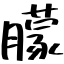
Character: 朦